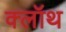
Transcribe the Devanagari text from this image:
क्‍लॉथ